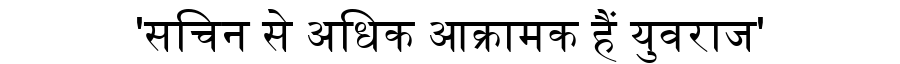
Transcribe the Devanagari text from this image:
'सचिन से अधिक आक्रामक हैं युवराज'